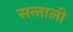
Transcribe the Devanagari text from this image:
सन्ताली